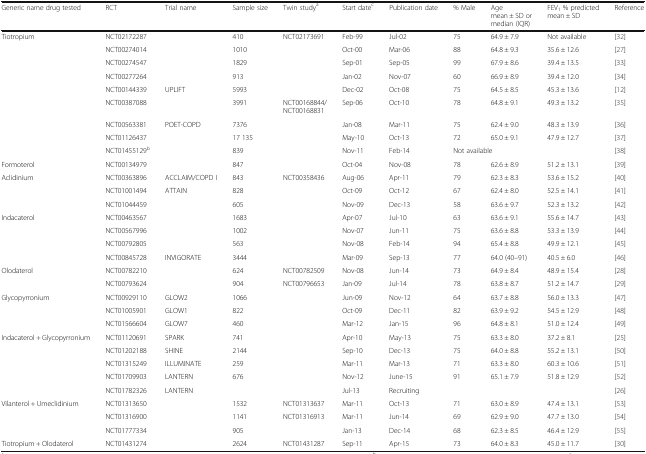
<table><thead><tr><td><b>Generic name drug tested</b></td><td><b>RCT</b></td><td><b>Trial name</b></td><td><b>Sample size</b></td><td><b>Twin study<sup>a</sup></b></td><td><b>Start date<sup>c</sup></b></td><td><b>Publication date</b></td><td><b>% Male</b></td><td><b>Agemean ± SD or median (IQR)</b></td><td><b>FEV<sub>1</sub> % predictedmean ± SD</b></td><td><b>Reference</b></td></tr></thead><tbody><tr><td rowspan="9">Tiotropium</td><td>NCT02172287</td><td></td><td>410</td><td>NCT02173691</td><td>Feb-99</td><td>Jul-02</td><td>75</td><td>64.9 ± 7.9</td><td>Not available</td><td>[32]</td></tr><tr><td>NCT00274014</td><td></td><td>1010</td><td></td><td>Oct-00</td><td>Mar-06</td><td>88</td><td>64.8 ± 9.3</td><td>35.6 ± 12.6</td><td>[27]</td></tr><tr><td>NCT00274547</td><td></td><td>1829</td><td></td><td>Sep-01</td><td>Sep-05</td><td>99</td><td>67.9 ± 8.6</td><td>39.4 ± 13.5</td><td>[33]</td></tr><tr><td>NCT00277264</td><td></td><td>913</td><td></td><td>Jan-02</td><td>Nov-07</td><td>60</td><td>66.9 ± 8.9</td><td>39.4 ± 12.0</td><td>[34]</td></tr><tr><td>NCT00144339</td><td>UPLIFT</td><td>5993</td><td></td><td>Dec-02</td><td>Oct-08</td><td>75</td><td>64.5 ± 8.5</td><td>45.3 ± 13.6</td><td>[12]</td></tr><tr><td>NCT00387088</td><td></td><td>3991</td><td>NCT00168844/NCT00168831</td><td>Sep-06</td><td>Oct-10</td><td>78</td><td>64.8 ± 9.1</td><td>49.3 ± 13.2</td><td>[35]</td></tr><tr><td>NCT00563381</td><td>POET-COPD</td><td>7376</td><td></td><td>Jan-08</td><td>Mar-11</td><td>75</td><td>62.4 ± 9.0</td><td>48.3 ± 13.9</td><td>[36]</td></tr><tr><td>NCT01126437</td><td></td><td>17 135</td><td></td><td>May-10</td><td>Oct-13</td><td>72</td><td>65.0 ± 9.1</td><td>47.9 ± 12.7</td><td>[37]</td></tr><tr><td>NCT01455129<sup>b</sup></td><td></td><td>839</td><td></td><td>Nov-11</td><td>Feb-14</td><td colspan="3">Not available</td><td>[38]</td></tr><tr><td>Formoterol</td><td>NCT00134979</td><td></td><td>847</td><td></td><td>Oct-04</td><td>Nov-08</td><td>78</td><td>62.6 ± 8.9</td><td>51.2 ± 13.1</td><td>[39]</td></tr><tr><td rowspan="3">Aclidinium</td><td>NCT00363896</td><td>ACCLAIM/COPD I</td><td>843</td><td>NCT00358436</td><td>Aug-06</td><td>Apr-11</td><td>79</td><td>62.3 ± 8.3</td><td>53.6 ± 15.2</td><td>[40]</td></tr><tr><td>NCT01001494</td><td>ATTAIN</td><td>828</td><td></td><td>Oct-09</td><td>Oct-12</td><td>67</td><td>62.4 ± 8.0</td><td>52.5 ± 14.1</td><td>[41]</td></tr><tr><td>NCT01044459</td><td></td><td>605</td><td></td><td>Nov-09</td><td>Dec-13</td><td>58</td><td>63.6 ± 9.7</td><td>52.3 ± 13.2</td><td>[42]</td></tr><tr><td rowspan="4">Indacaterol</td><td>NCT00463567</td><td></td><td>1683</td><td></td><td>Apr-07</td><td>Jul-10</td><td>63</td><td>63.6 ± 9.1</td><td>55.6 ± 14.7</td><td>[43]</td></tr><tr><td>NCT00567996</td><td></td><td>1002</td><td></td><td>Nov-07</td><td>Jun-11</td><td>75</td><td>63.6 ± 8.8</td><td>53.3 ± 13.9</td><td>[44]</td></tr><tr><td>NCT00792805</td><td></td><td>563</td><td></td><td>Nov-08</td><td>Feb-14</td><td>94</td><td>65.4 ± 8.8</td><td>49.9 ± 12.1</td><td>[45]</td></tr><tr><td>NCT00845728</td><td>INVIGORATE</td><td>3444</td><td></td><td>Mar-09</td><td>Sep-13</td><td>77</td><td>64.0 (40–91)</td><td>40.5 ± 6.0</td><td>[46]</td></tr><tr><td rowspan="2">Olodaterol</td><td>NCT00782210</td><td></td><td>624</td><td>NCT00782509</td><td>Nov-08</td><td>Jun-14</td><td>73</td><td>64.9 ± 8.4</td><td>48.9 ± 15.4</td><td>[28]</td></tr><tr><td>NCT00793624</td><td></td><td>904</td><td>NCT00796653</td><td>Jan-09</td><td>Jul-14</td><td>78</td><td>63.8 ± 8.7</td><td>51.2 ± 14.7</td><td>[29]</td></tr><tr><td rowspan="3">Glycopyrronium</td><td>NCT00929110</td><td>GLOW2</td><td>1066</td><td></td><td>Jun-09</td><td>Nov-12</td><td>64</td><td>63.7 ± 8.8</td><td>56.0 ± 13.3</td><td>[47]</td></tr><tr><td>NCT01005901</td><td>GLOW1</td><td>822</td><td></td><td>Oct-09</td><td>Dec-11</td><td>82</td><td>63.9 ± 9.2</td><td>54.5 ± 12.9</td><td>[48]</td></tr><tr><td>NCT01566604</td><td>GLOW7</td><td>460</td><td></td><td>Mar-12</td><td>Jan-15</td><td>96</td><td>64.8 ± 8.1</td><td>51.0 ± 12.4</td><td>[49]</td></tr><tr><td rowspan="5">Indacaterol + Glycopyrronium</td><td>NCT01120691</td><td>SPARK</td><td>741</td><td></td><td>Apr-10</td><td>May-13</td><td>75</td><td>63.3 ± 8.0</td><td>37.2 ± 8.1</td><td>[25]</td></tr><tr><td>NCT01202188</td><td>SHINE</td><td>2144</td><td></td><td>Sep-10</td><td>Dec-13</td><td>75</td><td>64.0 ± 8.8</td><td>55.2 ± 13.1</td><td>[50]</td></tr><tr><td>NCT01315249</td><td>ILLUMINATE</td><td>259</td><td></td><td>Mar-11</td><td>Mar-13</td><td>71</td><td>63.3 ± 8.0</td><td>60.3 ± 10.6</td><td>[51]</td></tr><tr><td>NCT01709903</td><td>LANTERN</td><td>676</td><td></td><td>Nov-12</td><td>June-15</td><td>91</td><td>65.1 ± 7.9</td><td>51.8 ± 12.9</td><td>[52]</td></tr><tr><td>NCT01782326</td><td>LANTERN</td><td></td><td></td><td>Jul-13</td><td>Recruiting</td><td></td><td></td><td></td><td>[26]</td></tr><tr><td rowspan="3">Vilanterol + Umeclidinium</td><td>NCT01313650</td><td></td><td>1532</td><td>NCT01313637</td><td>Mar-11</td><td>Oct-13</td><td>71</td><td>63.0 ± 8.9</td><td>47.4 ± 13.1</td><td>[53]</td></tr><tr><td>NCT01316900</td><td></td><td>1141</td><td>NCT01316913</td><td>Mar-11</td><td>Jun-14</td><td>69</td><td>62.9 ± 9.0</td><td>47.7 ± 13.0</td><td>[54]</td></tr><tr><td>NCT01777334</td><td></td><td>905</td><td></td><td>Jan-13</td><td>Dec-14</td><td>68</td><td>62.3 ± 8.5</td><td>46.4 ± 12.9</td><td>[55]</td></tr><tr><td>Tiotropium + Olodaterol</td><td>NCT01431274</td><td></td><td>2624</td><td>NCT01431287</td><td>Sep-11</td><td>Apr-15</td><td>73</td><td>64.0 ± 8.3</td><td>45.0 ± 11.7</td><td>[30]</td></tr></tbody></table>